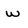
Character: w